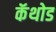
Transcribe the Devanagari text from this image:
कॅथोड